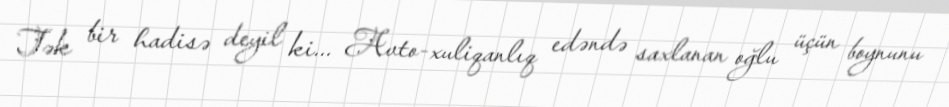
Tək bir hadisə deyil ki... Avto-xuliqanlıq edəndə saxlanan oğlu üçün boynunu